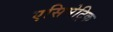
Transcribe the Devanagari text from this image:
एसिमेट्रिक